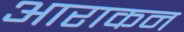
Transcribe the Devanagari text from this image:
आराकन